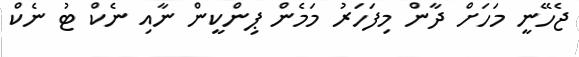
ޖެހޭނީ މަހަށް ދާން މިފަަހަރު މަމެން ޕިންކީން ނާއި ނެކް ޓު ނެކް